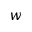
w